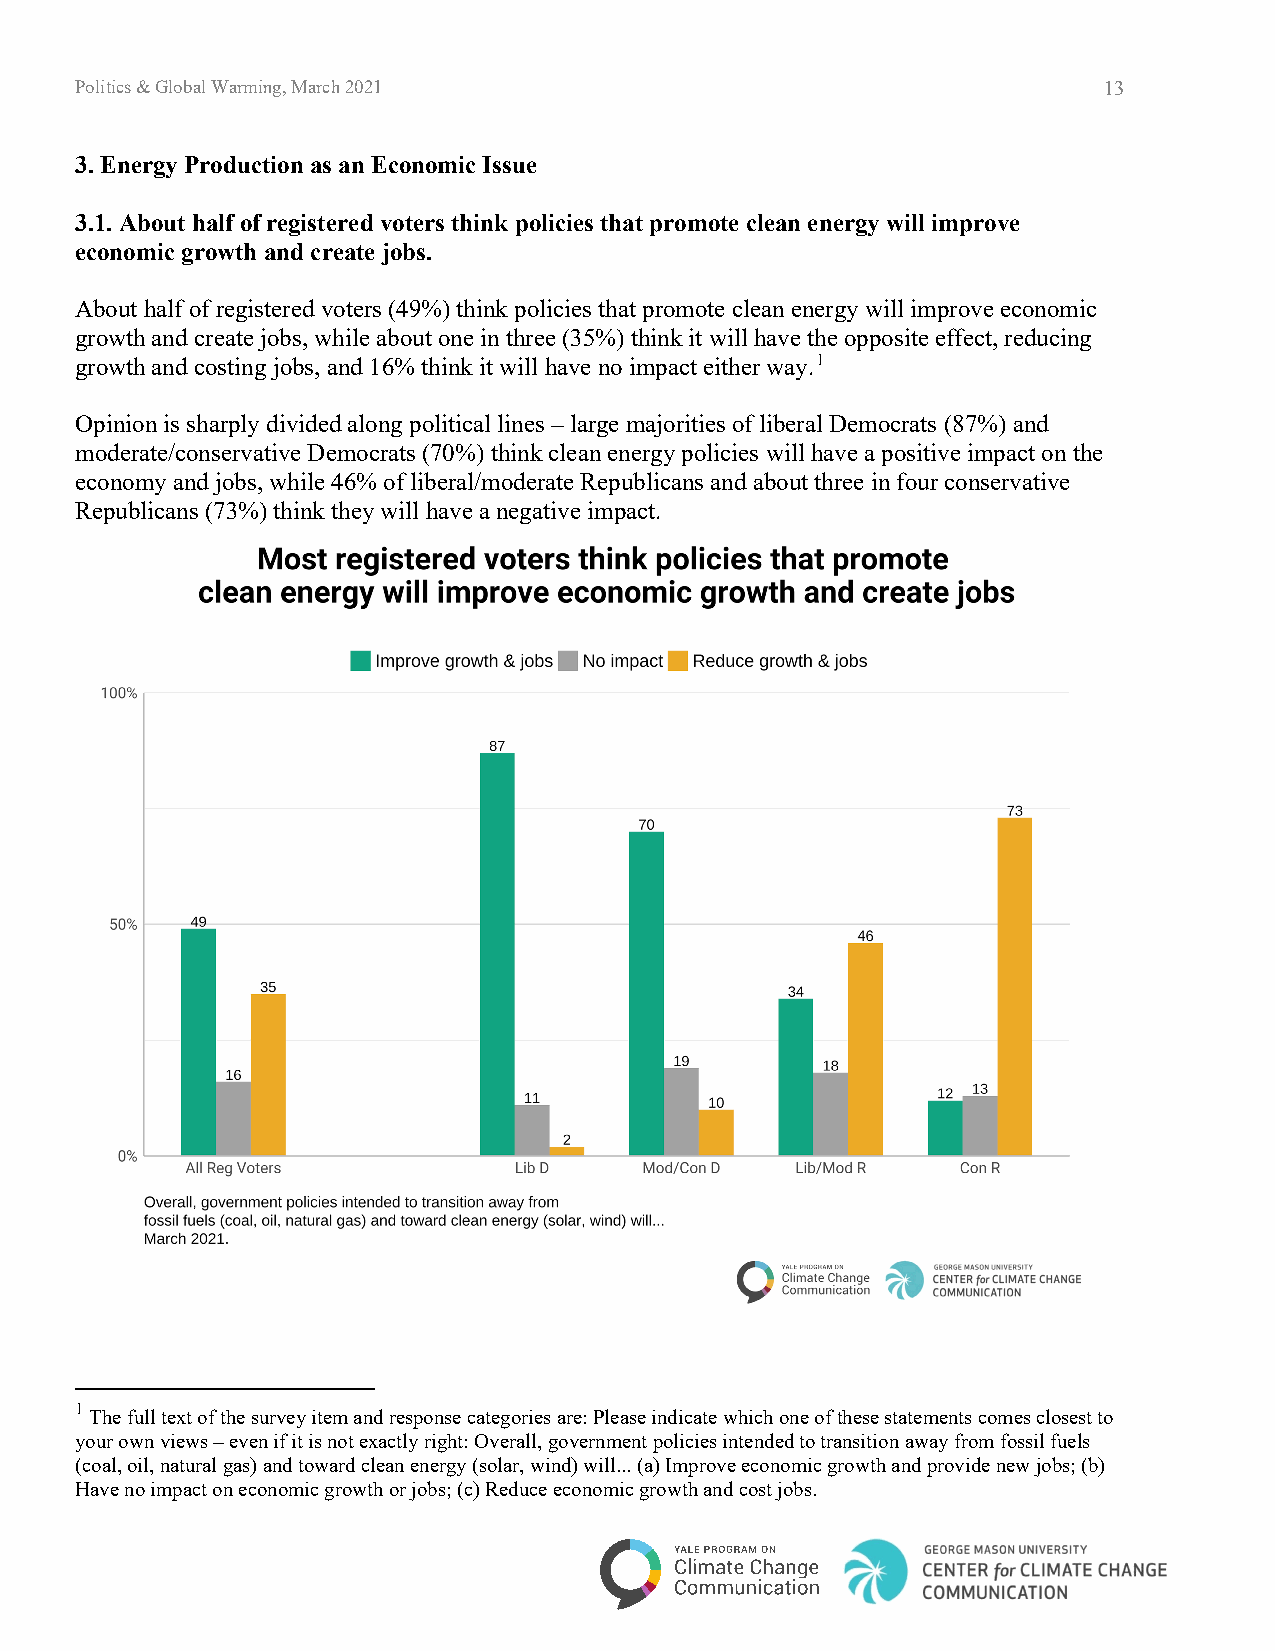
Politics & Global Warming, March 2021                               13
 3. Energy Production as an Economic Issue
 3.1. About half of registered voters think policies that promote clean energy will improve
 economic growth and create jobs.
 About half of registered voters (49%) think policies that promote clean energy will improve economic
 growth and create jobs, while about one in three (35%) think it will have the opposite effect, reducing
 growth and costing jobs, and 16% think it will have no impact either way.1
 Opinion is sharply divided along political lines – large majorities of liberal Democrats (87%) and
 moderate/conservative Democrats (70%) think clean energy policies will have a positive impact on the
 economy and jobs, while 46% of liberal/moderate Republicans and about three in four conservative
 Republicans (73%) think they will have a negative impact.
 1
 The full text of the survey item and response categories are: Please indicate which one of these statements comes closest to
 your own views – even if it is not exactly right: Overall, government policies intended to transition away from fossil fuels
 (c oal, oil, natural gas) and toward clean energy (solar, wind) will... (a) Improve economic growth and provide new jobs; (b)
 Have no impact on economic growth or jobs; (c) Reduce economic growth and cost jobs.